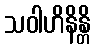
သဝါဟိနိန္တိ